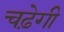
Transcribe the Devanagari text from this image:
चढ़ेगी